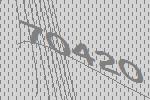
70420